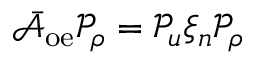
\bar { \mathcal { A } } _ { \mathrm { o e } } \mathcal { P } _ { \rho } = \mathcal { P } _ { u } \xi _ { n } \mathcal { P } _ { \rho }